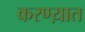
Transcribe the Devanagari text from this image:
करण्य़ात